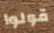
قولوا